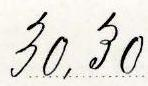
30,30